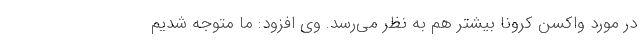
در مورد واکسن کرونا بیشتر هم به نظر می‌رسد. وی افزود: ما متوجه شدیم